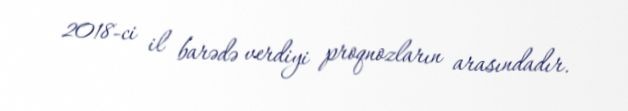
2018-ci il barədə verdiyi proqnozların arasındadır.